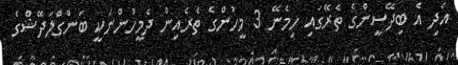
އަދި އެ ބިދޭސީންގެ ތެރޭގައި ހިމެނޭ 3 މީހުންގެ ތެރެއިން ދެމީހުންނަކީ ބަންގްލަދޭޝްގެ